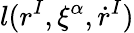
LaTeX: l(r^{I},\xi^{\alpha},\dot{r}^{I})